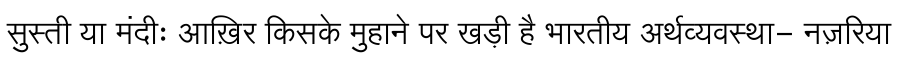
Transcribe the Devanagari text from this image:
सुस्ती या मंदीः आख़िर किसके मुहाने पर खड़ी है भारतीय अर्थव्यवस्था- नज़रिया